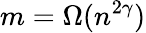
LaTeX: m=\Omega(n^{2\gamma})